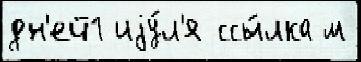
дн'ей1 иjу́л'я ссы́лка м